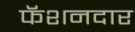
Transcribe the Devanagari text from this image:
फॅशनदार